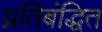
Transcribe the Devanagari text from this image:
प्रतिबंद्धित